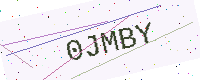
Text: 0JMBY